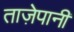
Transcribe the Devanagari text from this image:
ताज़ेपानी